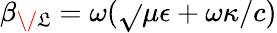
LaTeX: \beta_{\/ \mathfrak{L}}=\omega(\sqrt{}{{\mu\epsilon}}+\omega\kappa/c)